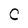
Character: C